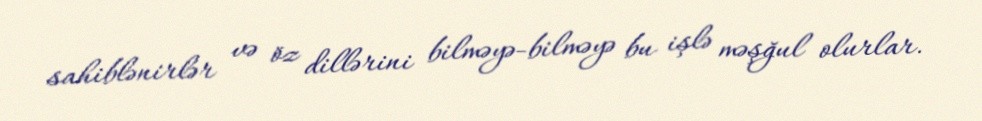
sahiblənirlər və öz dillərini bilməyə-bilməyə bu işlə məşğul olurlar.